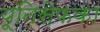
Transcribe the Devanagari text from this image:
यूनिसेफका